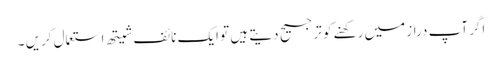
اگر آپ دراز میں رکھنے کو ترجیح دیتے ہیں تو ایک نائف شیتھ استعمال کریں ۔